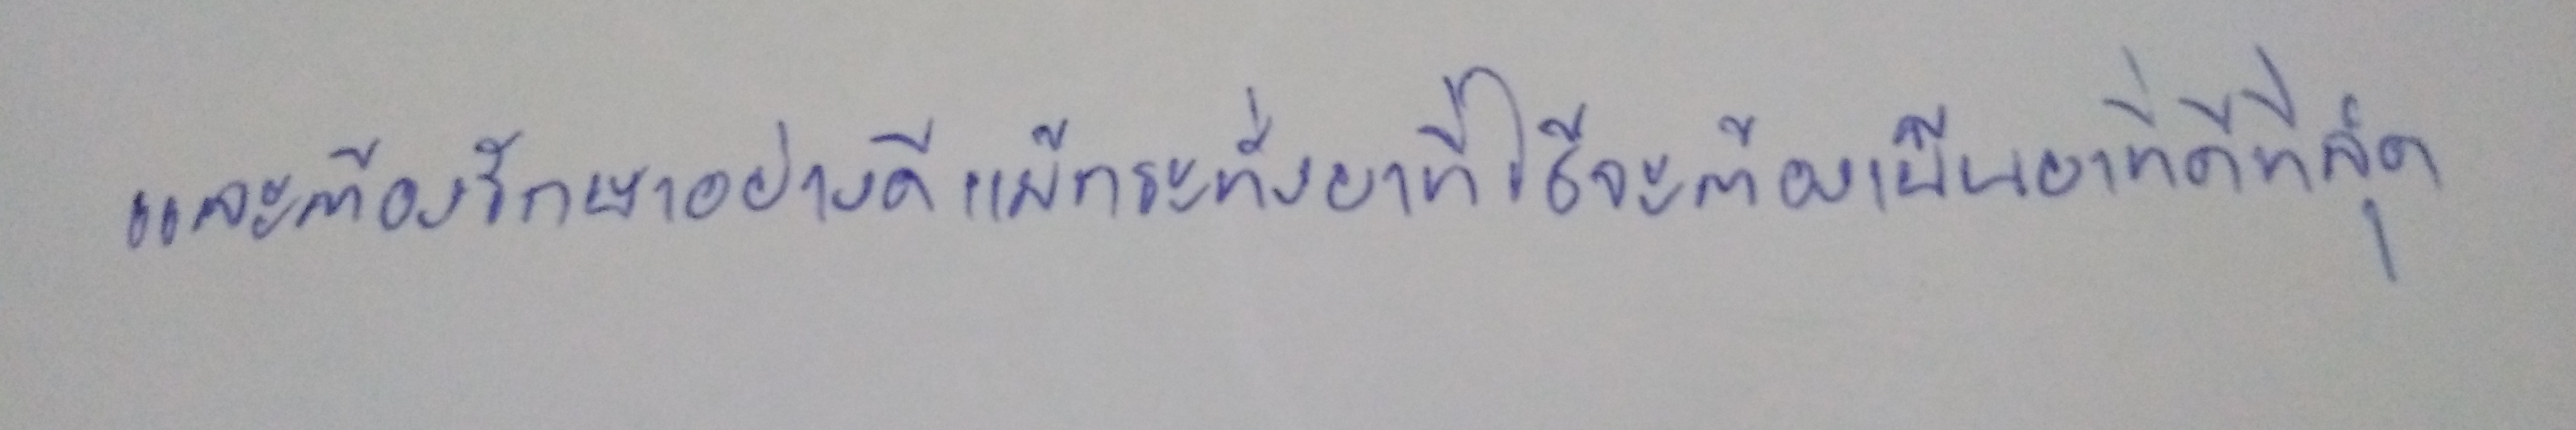
และต้องทำการรักษาอย่างดีแม้กระทั่งยาที่ใช้จะต้องเป็นยาที่ดีที่สุด